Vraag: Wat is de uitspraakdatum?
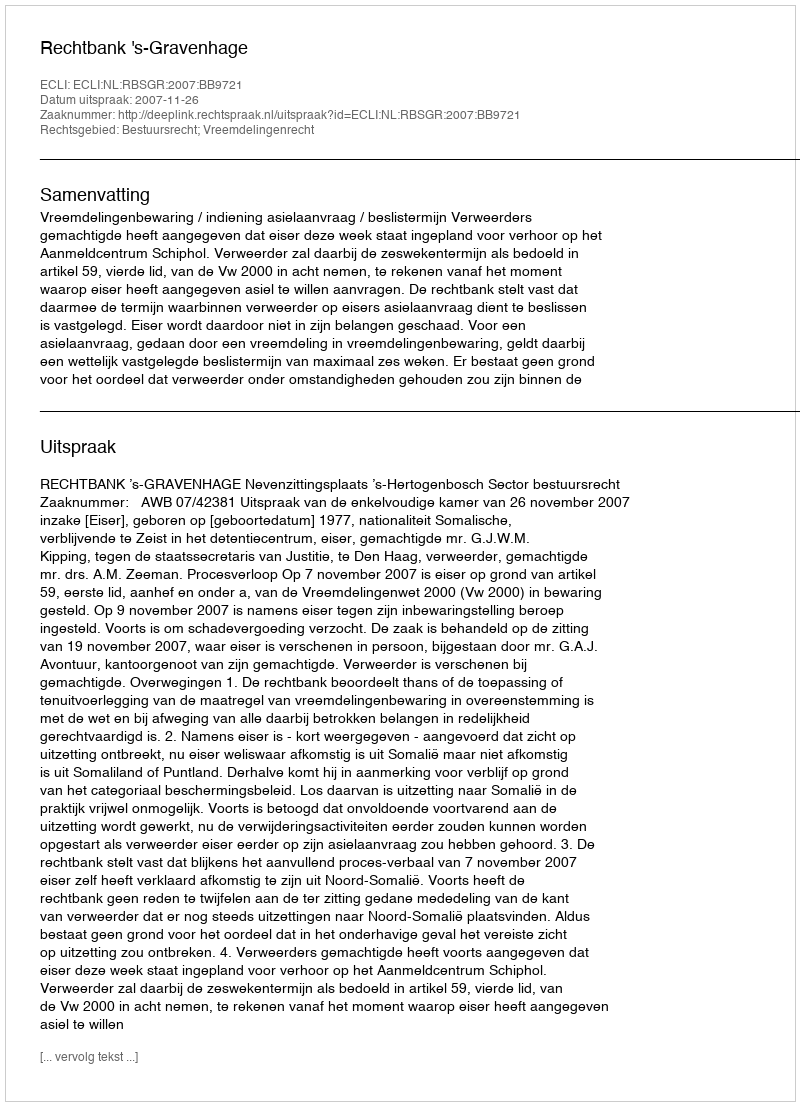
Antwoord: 2007-11-26